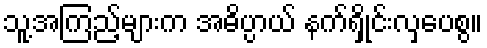
သူ့အကြည့်များက အဓိပ္ပာယ် နက်ရှိုင်းလှပေစွ။